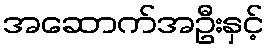
အဆောက်အဦးနှင့်